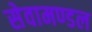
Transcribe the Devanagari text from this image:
सेवामण्डल